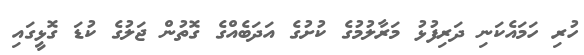
ހުރި ހަމައެކަނި ދަރިފުޅު މަރާލުމުގެ ކުށުގެ އަދަބެއްގެ ގޮތުން ޖަލުގެ ކުޑަ ގޮޅީގައި